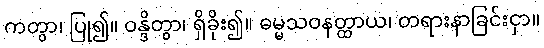
ကတွာ၊ ပြု၍။ ဝန္ဒိတွာ၊ ရှိခိုး၍။ ဓမ္မသဝနတ္ထာယ၊ တရားနာခြင်းငှာ။